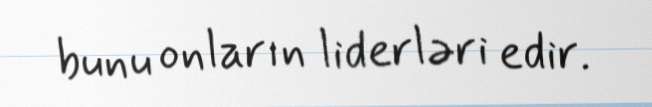
bunu onların liderləri edir.